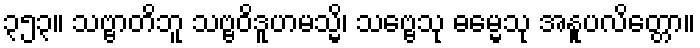
၃၅၃။ သဗ္ဗာတိဘူ သဗ္ဗဝိဒူဟမသ္မိ၊ သဗ္ဗေသု ဓမ္မေသု အနူပလိတ္တော။